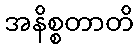
အနိစ္စတာတိ